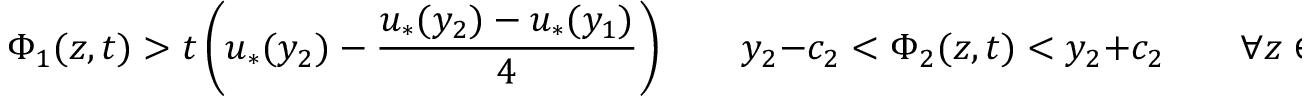
\Phi _ { 1 } ( z , t ) > t \left( u _ { * } ( y _ { 2 } ) - \frac { u _ { * } ( y _ { 2 } ) - u _ { * } ( y _ { 1 } ) } { 4 } \right) \qquad y _ { 2 } - c _ { 2 } < \Phi _ { 2 } ( z , t ) < y _ { 2 } + c _ { 2 } \qquad \forall z \in B ( t ) ,